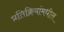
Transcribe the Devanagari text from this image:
प्रतिक्रियांमधील